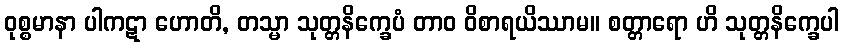
ဝုစ္စမာနာ ပါကဋာ ဟောတိ, တသ္မာ သုတ္တနိက္ခေပံ တာဝ ဝိစာရယိဿာမ။ စတ္တာရော ဟိ သုတ္တနိက္ခေပါ